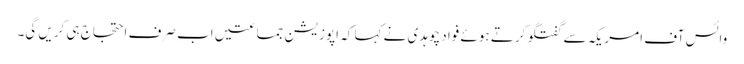
وائس آف امریکہ سے گفتگو کرتے ہوئے فواد چوہدی نے کہا کہ اپوزیشن جماعتیں اب صرف احتجاج ہی کریں گی۔